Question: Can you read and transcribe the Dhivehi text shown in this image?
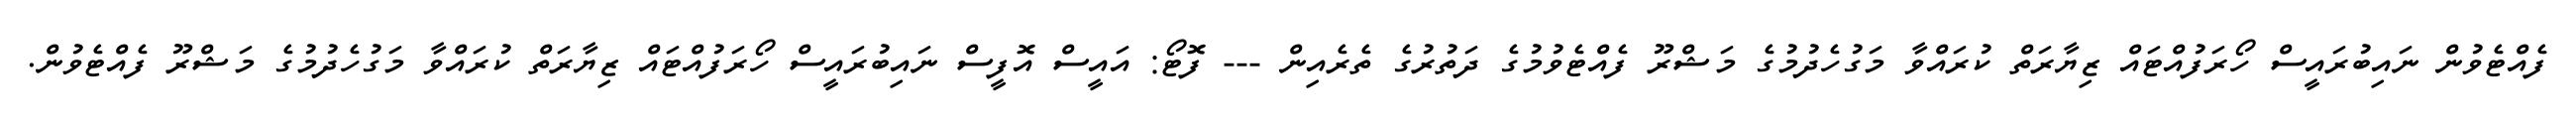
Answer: ފެއްޓެވުން ނައިބުރައީސް ހޯރަފުއްޓައް ޒިޔާރަތް ކުރައްވާ މަގުހެދުމުގެ މަޝްރޫ ފެއްޓެވުމުގެ ދަތުރުގެ ތެރެއިން --- ފޮޓޯ: އައީސް އޮފީސް ނައިބުރައީސް ހޯރަފުއްޓައް ޒިޔާރަތް ކުރައްވާ މަގުހެދުމުގެ މަޝްރޫ ފެއްޓެވުން.